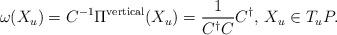
LaTeX: \begin{align*}\omega(X_{u}) = C^{-1}\Pi^{{\rm vertical}}(X_{u}) = \frac{1}{C^{\dagger}C}C^{\dagger}, \, X_{u}\in T_{u}P.\end{align*}